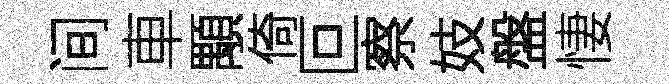
间車顒倚叵察妓盤悽